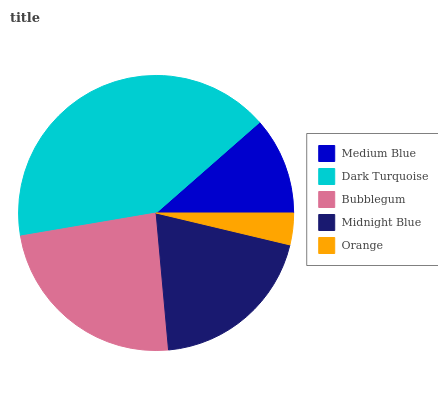
| Medium Blue | Dark Turquoise | Bubblegum | Midnight Blue | Orange |
 | --- | --- | --- | --- | --- |
 | 11.5% | 41.2% | 23.7% | 19.9% | 3.72% |